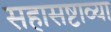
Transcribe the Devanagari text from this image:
सहासष्टाव्या